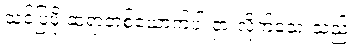
သင်ပြဖို့ ဆရာတစ်ယောက်ပါ ငှားလိုက်သေးသည်။